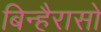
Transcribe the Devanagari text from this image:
बिन्हैरासो